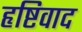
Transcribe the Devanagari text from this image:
हृष्टिवाद